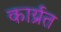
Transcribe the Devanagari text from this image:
कार्य्रत